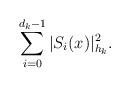
LaTeX: \begin{align*}\sum_{i=0}^{d_k-1}|S_i(x)|^2_{h_k}.\end{align*}